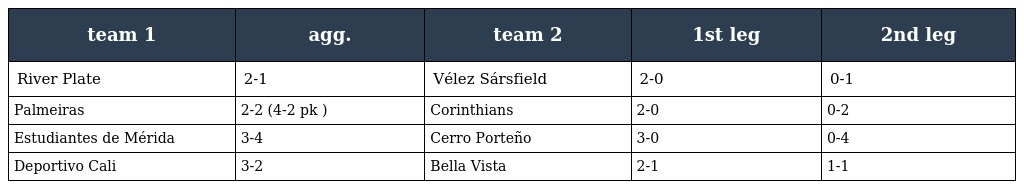
| team 1 | agg. | team 2 | 1st leg | 2nd leg |
 | --- | --- | --- | --- | --- |
 | River Plate | 2-1 | Vélez Sársfield | 2-0 | 0-1 |
 | Palmeiras | 2-2 (4-2 pk ) | Corinthians | 2-0 | 0-2 |
 | Estudiantes de Mérida | 3-4 | Cerro Porteño | 3-0 | 0-4 |
 | Deportivo Cali | 3-2 | Bella Vista | 2-1 | 1-1 |